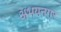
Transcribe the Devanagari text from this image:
अभयनगर